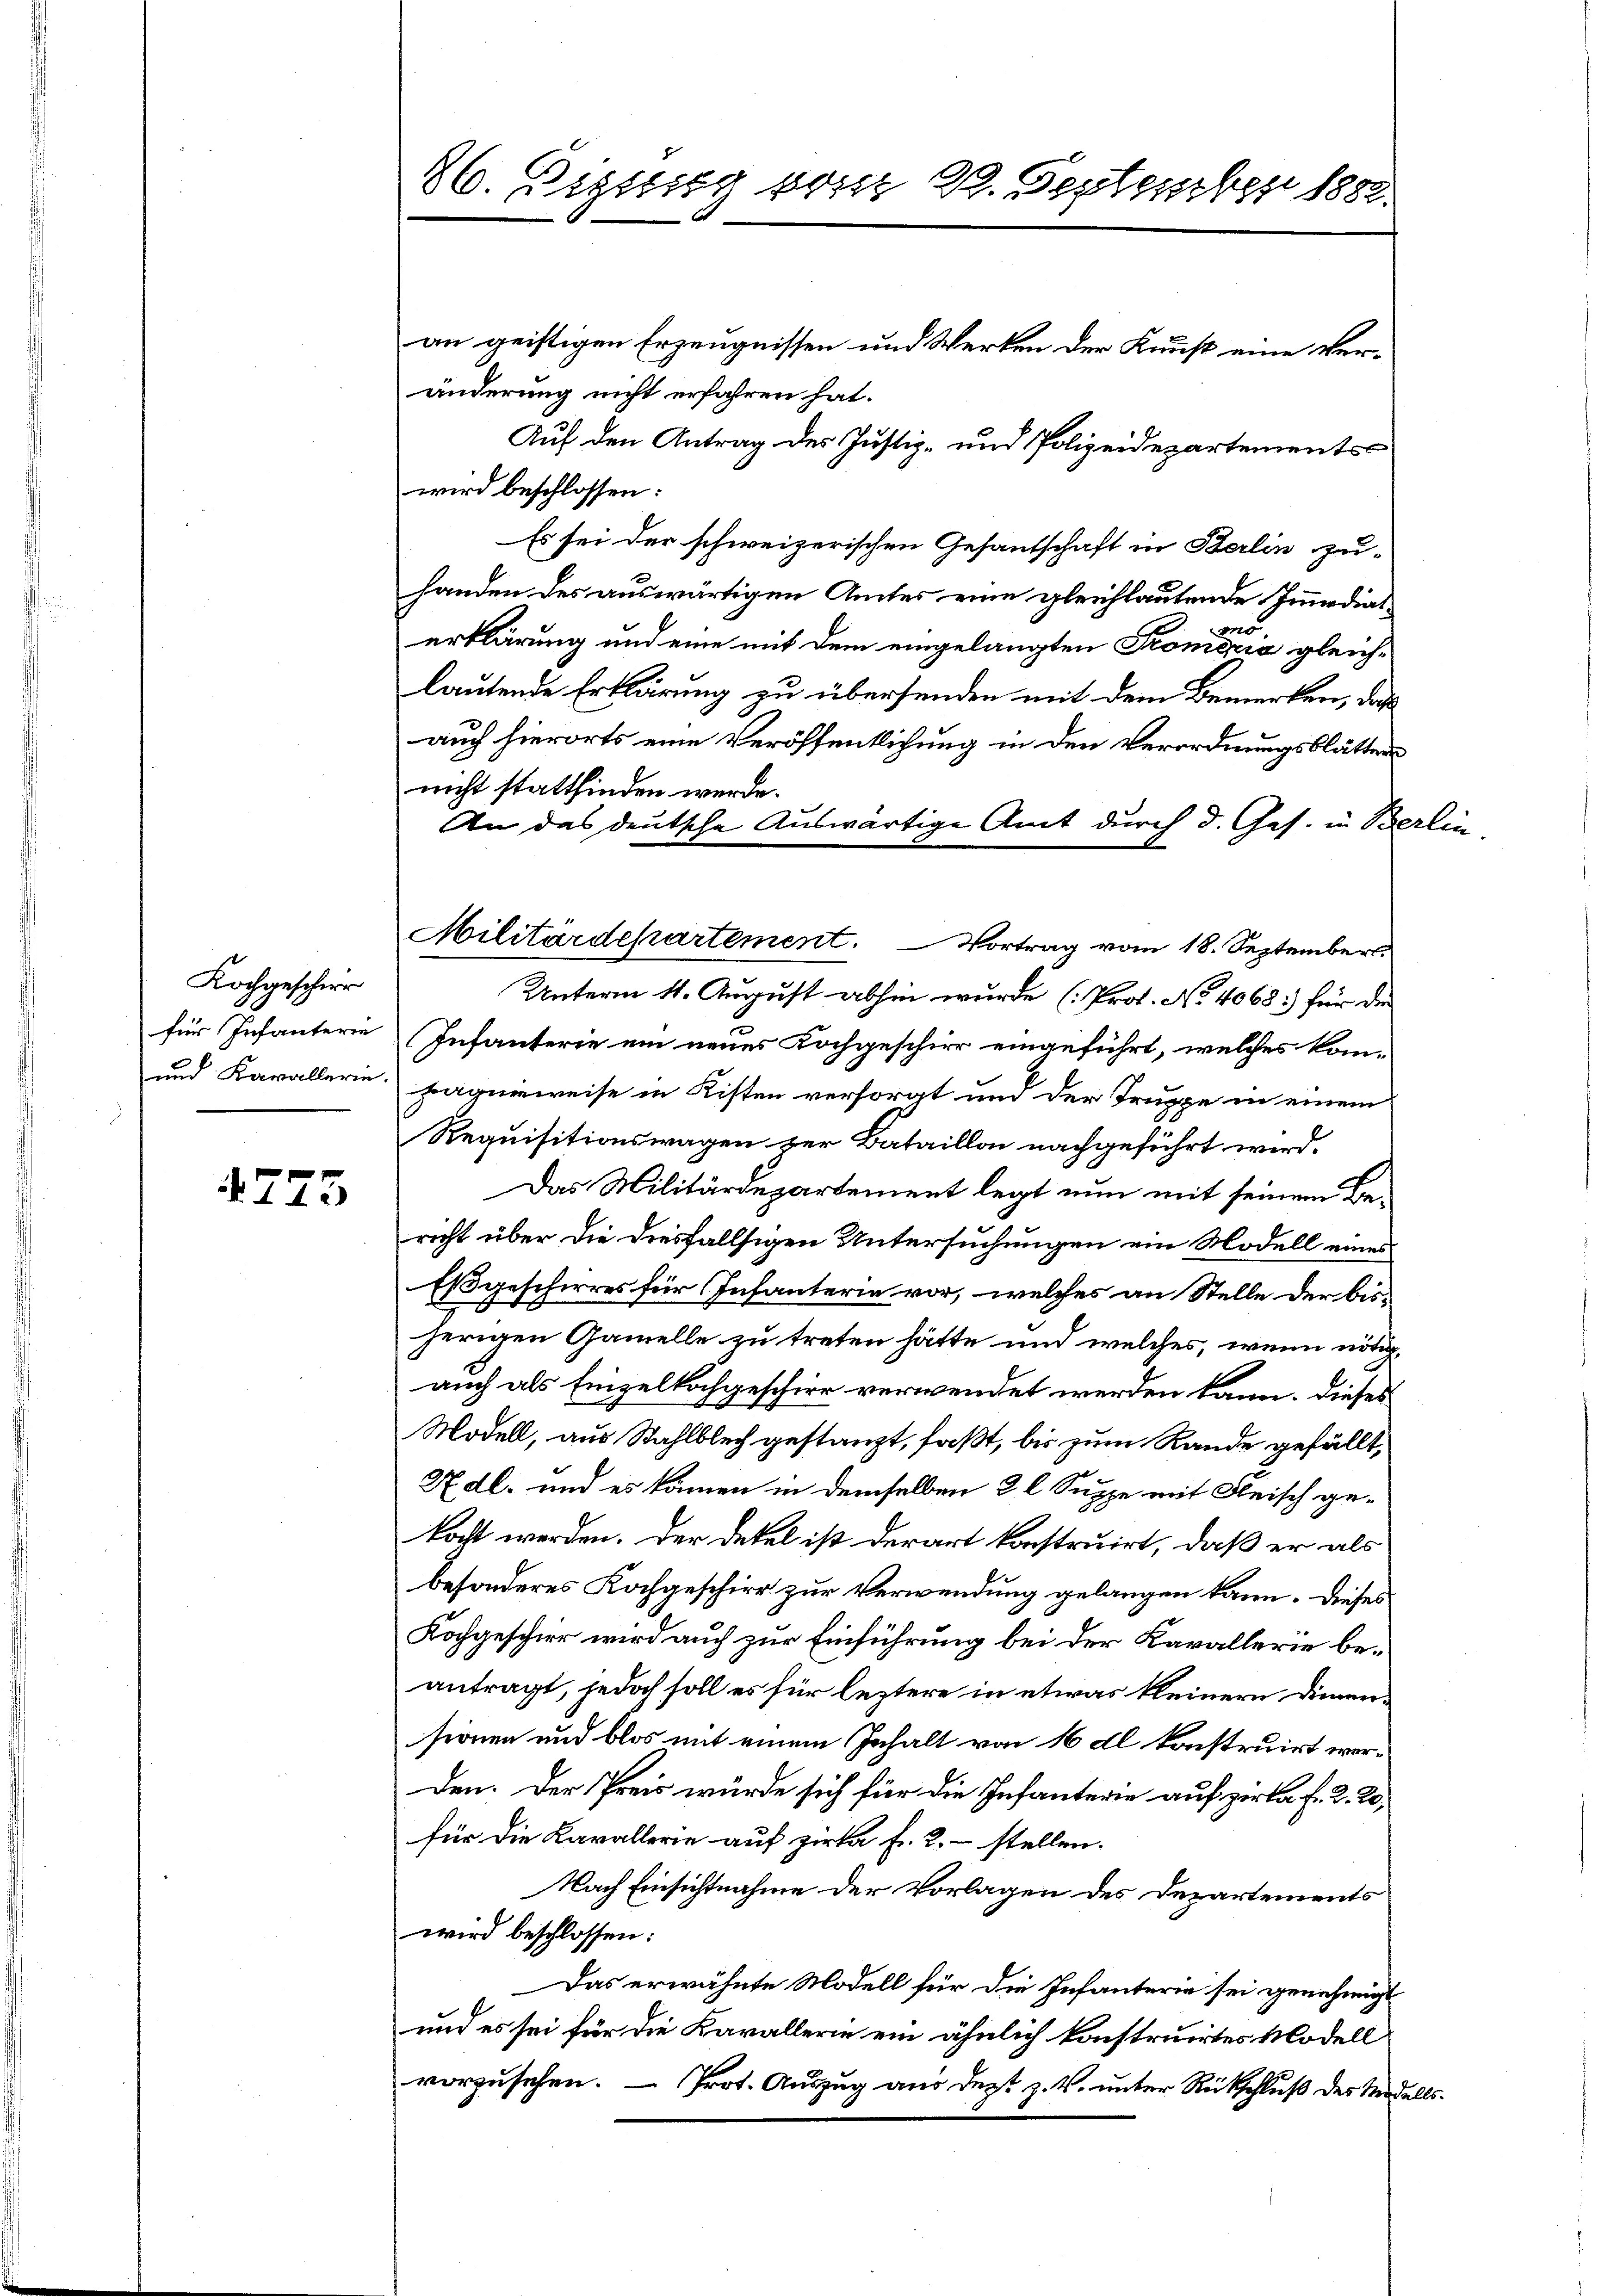
Kochgescher
für Infanterie

4723

86. Diessung vom 29. September 1882

an geistigen Erzeugnissen und Werken der Kunst eine Veränderung nicht erfahren hat.
Auf den Antrag des Justiz- und Polizeidepartements
wird beschlossen:
Es sei der schweizerischen Gesantschaft in Berlin zu-
handen des auswärtigen Amtes eine gleichlautende Immediat
.
erklärung und eine mit dem eingelangten Promenia gleichlautende Erklärung zu übersenden mit dem Bemerken, daß
auch hierorts eine Veröffentlichung in den Verordnungsblätters
nicht stattfinden werde.
An das deutsche Auswärtige Amt durch d. Ges. in Berlin
Militärdepartement. Vortrag vom 18. September.
Unterm 11. August abhin wurde (Prof. No 4068:) für der
Infanterie ein neues Kochgeschier eingeführt, welches kan¬
und Kavallerie Paquieweise in Kisten versorgt und der Truppe in einem
Requisitionswagen zur Bataillon nachgeführt wird.
Das Militärdepartement legt nun mit seinem Bericht über die diesfallsigen Untersuchungen ein Modell eines
Es geschires für Infanterie vor, welches an Stelle der bis-
herigen Gamelle zu treten hätte und welches, wenn nötigauch als Einzelkochgeschier verwendet werden kann. Dieses
Modell, aus Stahlblech gestanzt, faßt, bis zum Rande gefällt,
X dl. und es kommen in demselben 2 l Suppe mit Fleisch gekocht werden. Der Dekel ist derart konstruirt, daß er als
besonderes Kochgeschirr zur Verwendung gelangen kann. Dieses
Kochgeschier wird auch zur Einführung bei der Kavallerie beantragt, jedoch soll es für leztere in etwas kleinern Dimensionen und blos mit einem Inhalt von 16 dl konstruirt werden. Der Preis würde sich für die Infanterie auf zirka f. 2. 23,
für die Kavallerie auf zirka f. 2. stellen.
Nach Einsichtnahme der Vorlagen des Departements
wird beschlossen:
Das erwähnte Modell für die Infanterie sei genehmigt
und es sei für die Karallerie ein ähnlich konstruirtes Modell
vorzusehen. — Prot. Auszug aus dest z. B. unter Rückschluß des Niedells¬